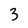
Character: 3